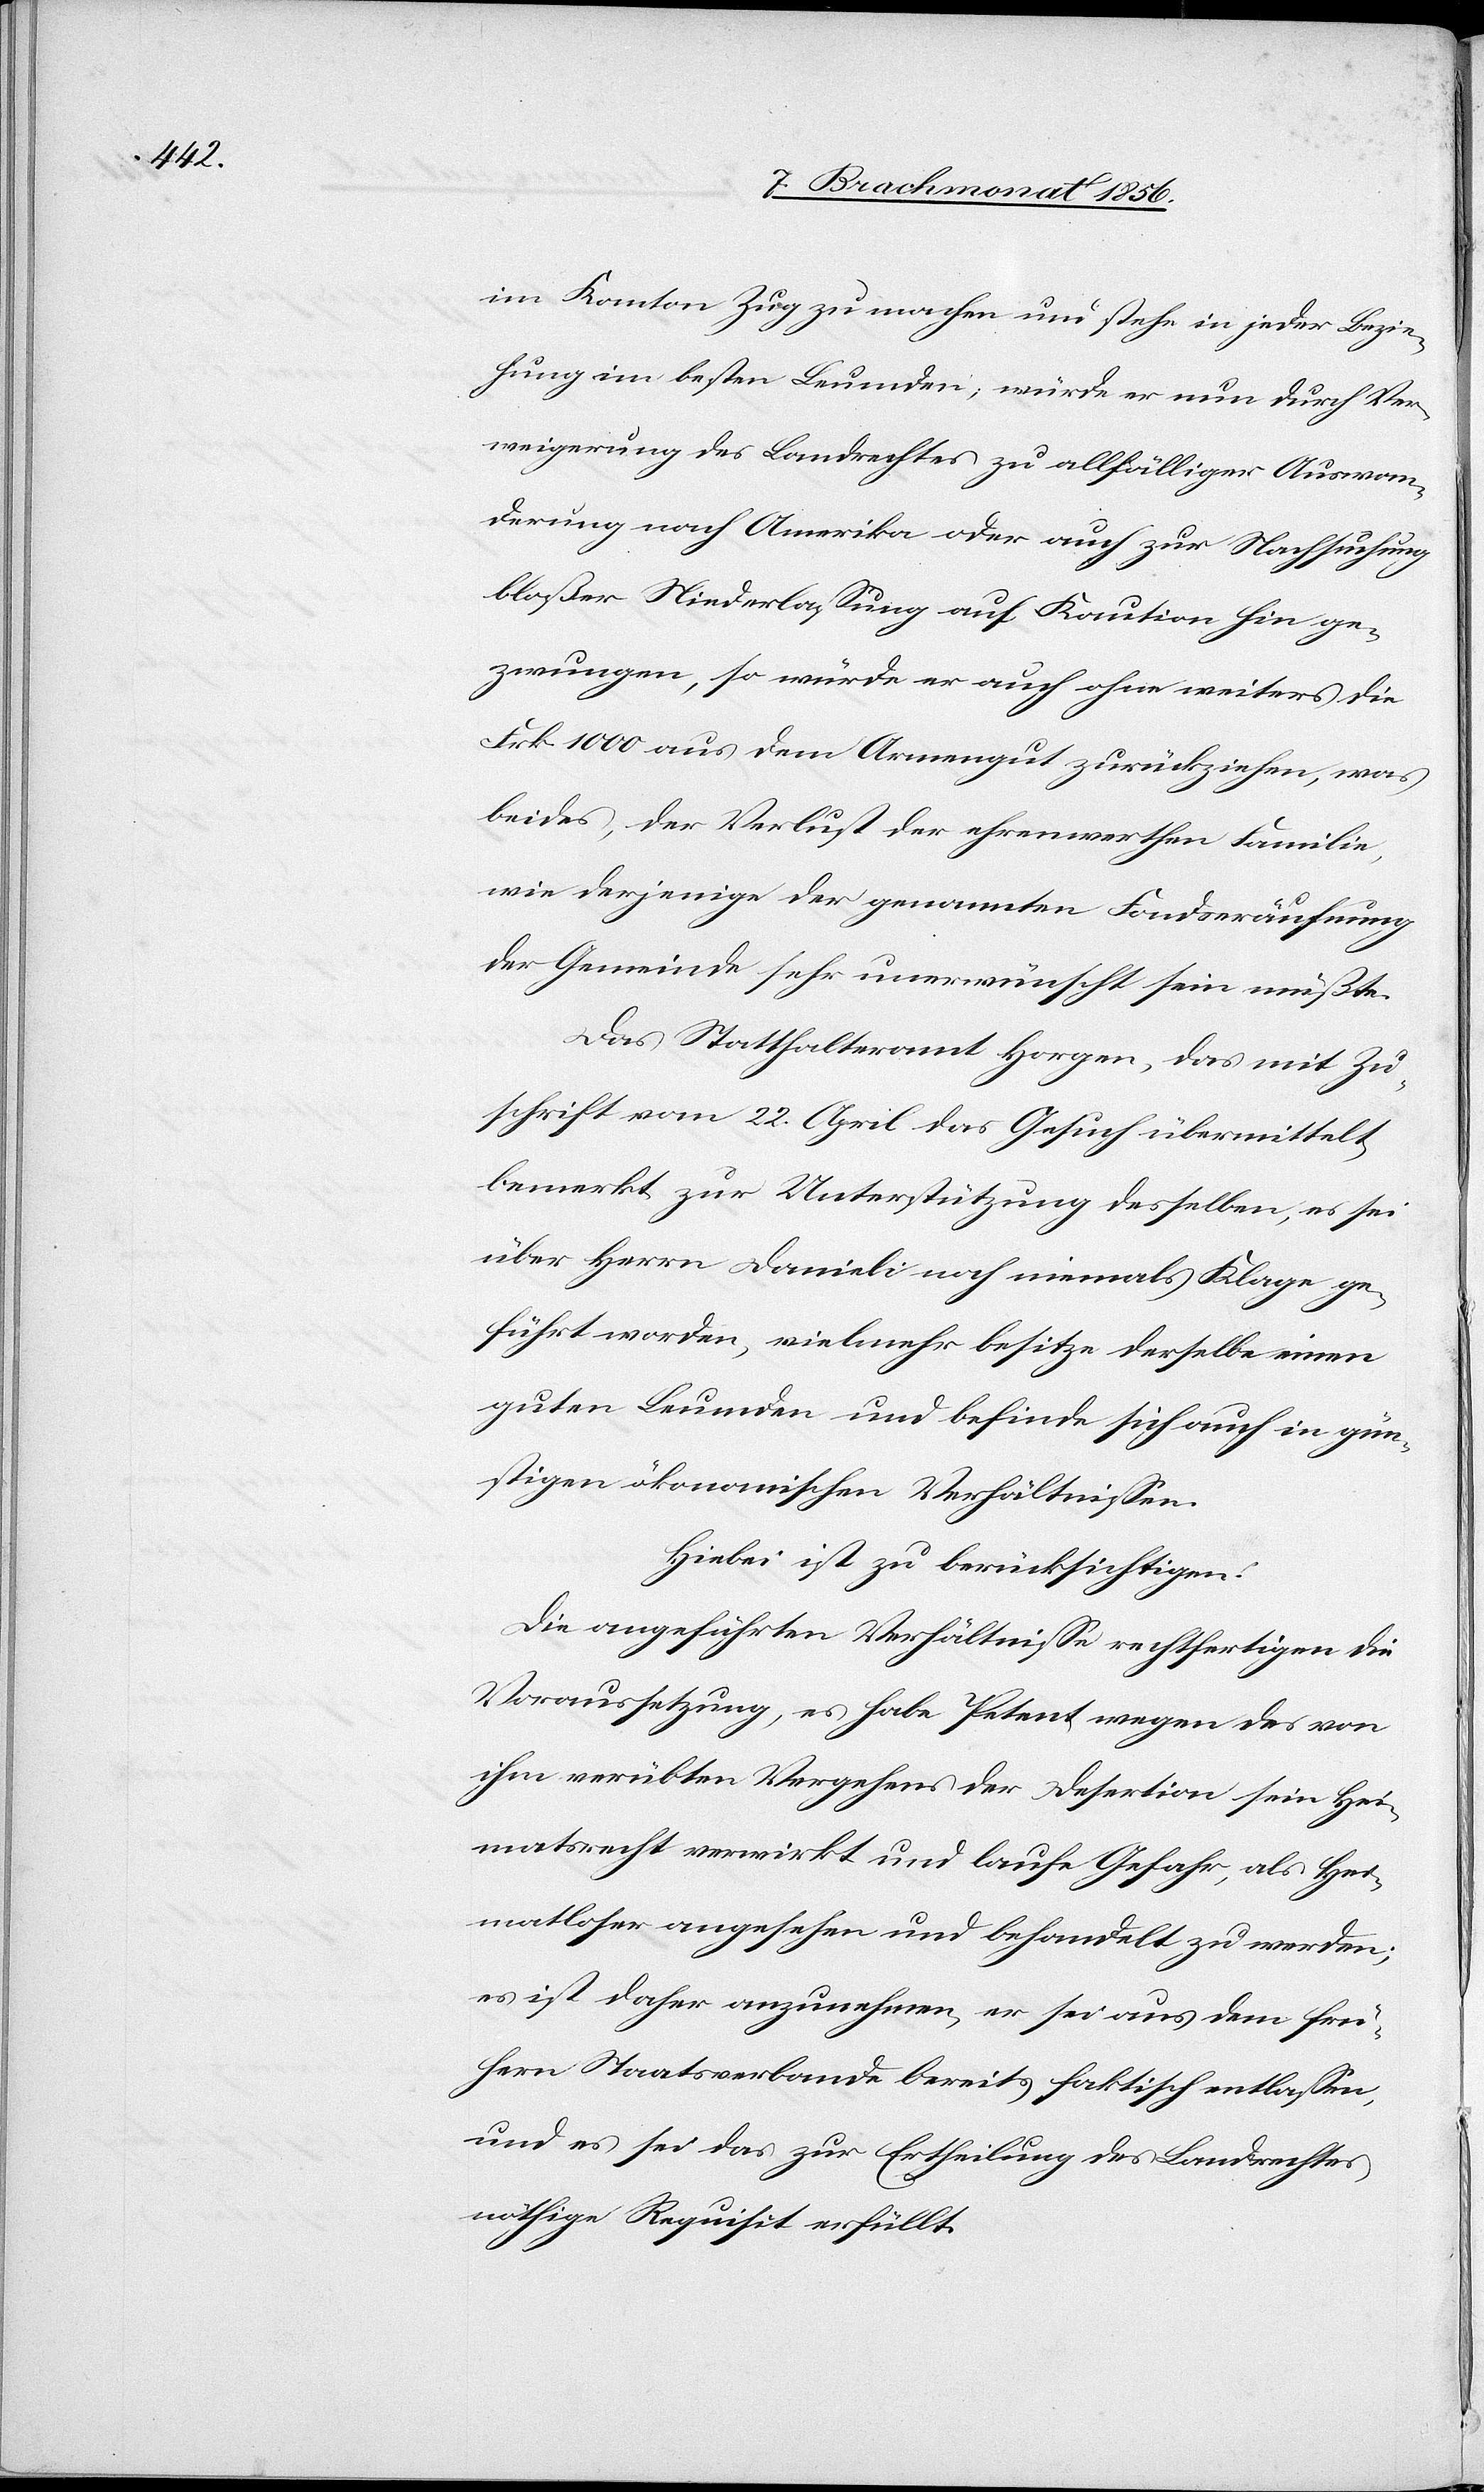
im Kanton Zug zu machen und stehe in jeder Bezie¬
hung im besten Leumden; würde er nun durch Ver¬
weigerung des Landrechtes zu allfälliger Auswan¬
derung nach Amerika oder auch zur Nachsuchung
bloßer Niederlassung auf Kaution hin ge¬
zwungen, so würde er auch ohne weiters die
Frk. 1000 aus dem Armengut zurückziehen, was
beides, der Verlust der ehrenwerthen Familie,
wie derjenige der genannten Fondseräufnung
der Gemeinde sehr unerwünscht sein müßte.
Das Statthalteramte Horgen, das mit Zu¬
schrift vom 22. April das Gesuch übermittelt,
bemerkt zur Unterstützung desselben, es sei
über Herrn Danieli noch niemals Klage ge¬
führt worden, vielmehr besitze derselbe einen
guten Leumden und befinde sich auch in gün¬
stigen ökonomischen Verhältnissen.
Hiebei ist zu berücksichtigen:
Die angeführten Verhältnisse rechtfertigen die
Voraussetzung, es habe Petent wegen des von
ihm verübten Vergehens der Desertion sein Hei¬
matsrecht verwirkt und laufe Gefahr, als Hei¬
matloser angesehen und behandelt zu werden;
es ist daher anzunehmen, er sei aus dem frü¬
hern Staatsverbande bereits faktisch entlassen,
und es sei das zur Ertheilung des Landrechtes
nöthige Requisit erfüllt.